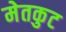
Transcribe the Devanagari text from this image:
मेतकुट